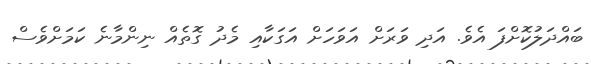
ބައްދަލުކޮށްފަ އެވެ. އަދި ވަރަށް އަވަހަށް އަގަކާއި މެދު ގޮތެއް ނިންމާނެ ކަމަށްވެސް